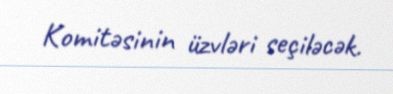
Komitəsinin üzvləri seçiləcək.